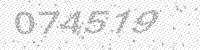
Solution: 074519